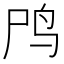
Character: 鸤